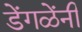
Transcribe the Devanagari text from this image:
डेंगळेंनी